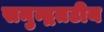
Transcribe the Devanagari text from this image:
समुन्द्रतटीय